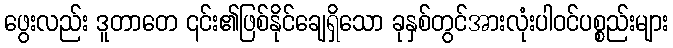
ဖွေးလည်း ဒူတာတေ ၎င်း၏ဖြစ်နိုင်ချေရှိသော ခုနှစ်တွင်အားလုံးပါဝင်ပစ္စည်းများ